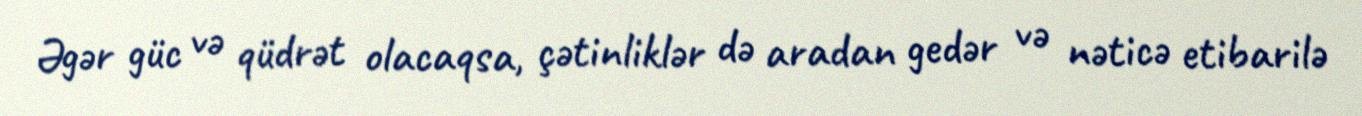
Əgər güc və qüdrət olacaqsa, çətinliklər də aradan gedər və nəticə etibarilə